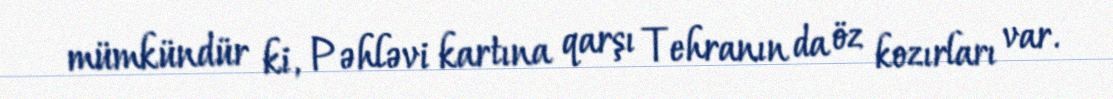
mümkündür ki, Pəhləvi kartına qarşı Tehranın da öz kozırları var.